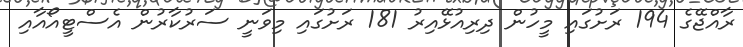
ރާއްޖޭގެ 194 ރަށުގައި މީހުން ދިރިއުޅޭއިރު 181 ރަށުގައި މިވަނީ ސަރުކާރުން އެސްޓީއޯއާއި